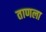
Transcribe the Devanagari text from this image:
ताणला